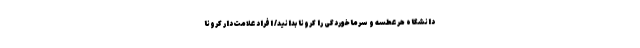
دانشگاه هر عطسه و سرماخوردگی را کرونا بدانید/ افراد علامت‌دار کرونا